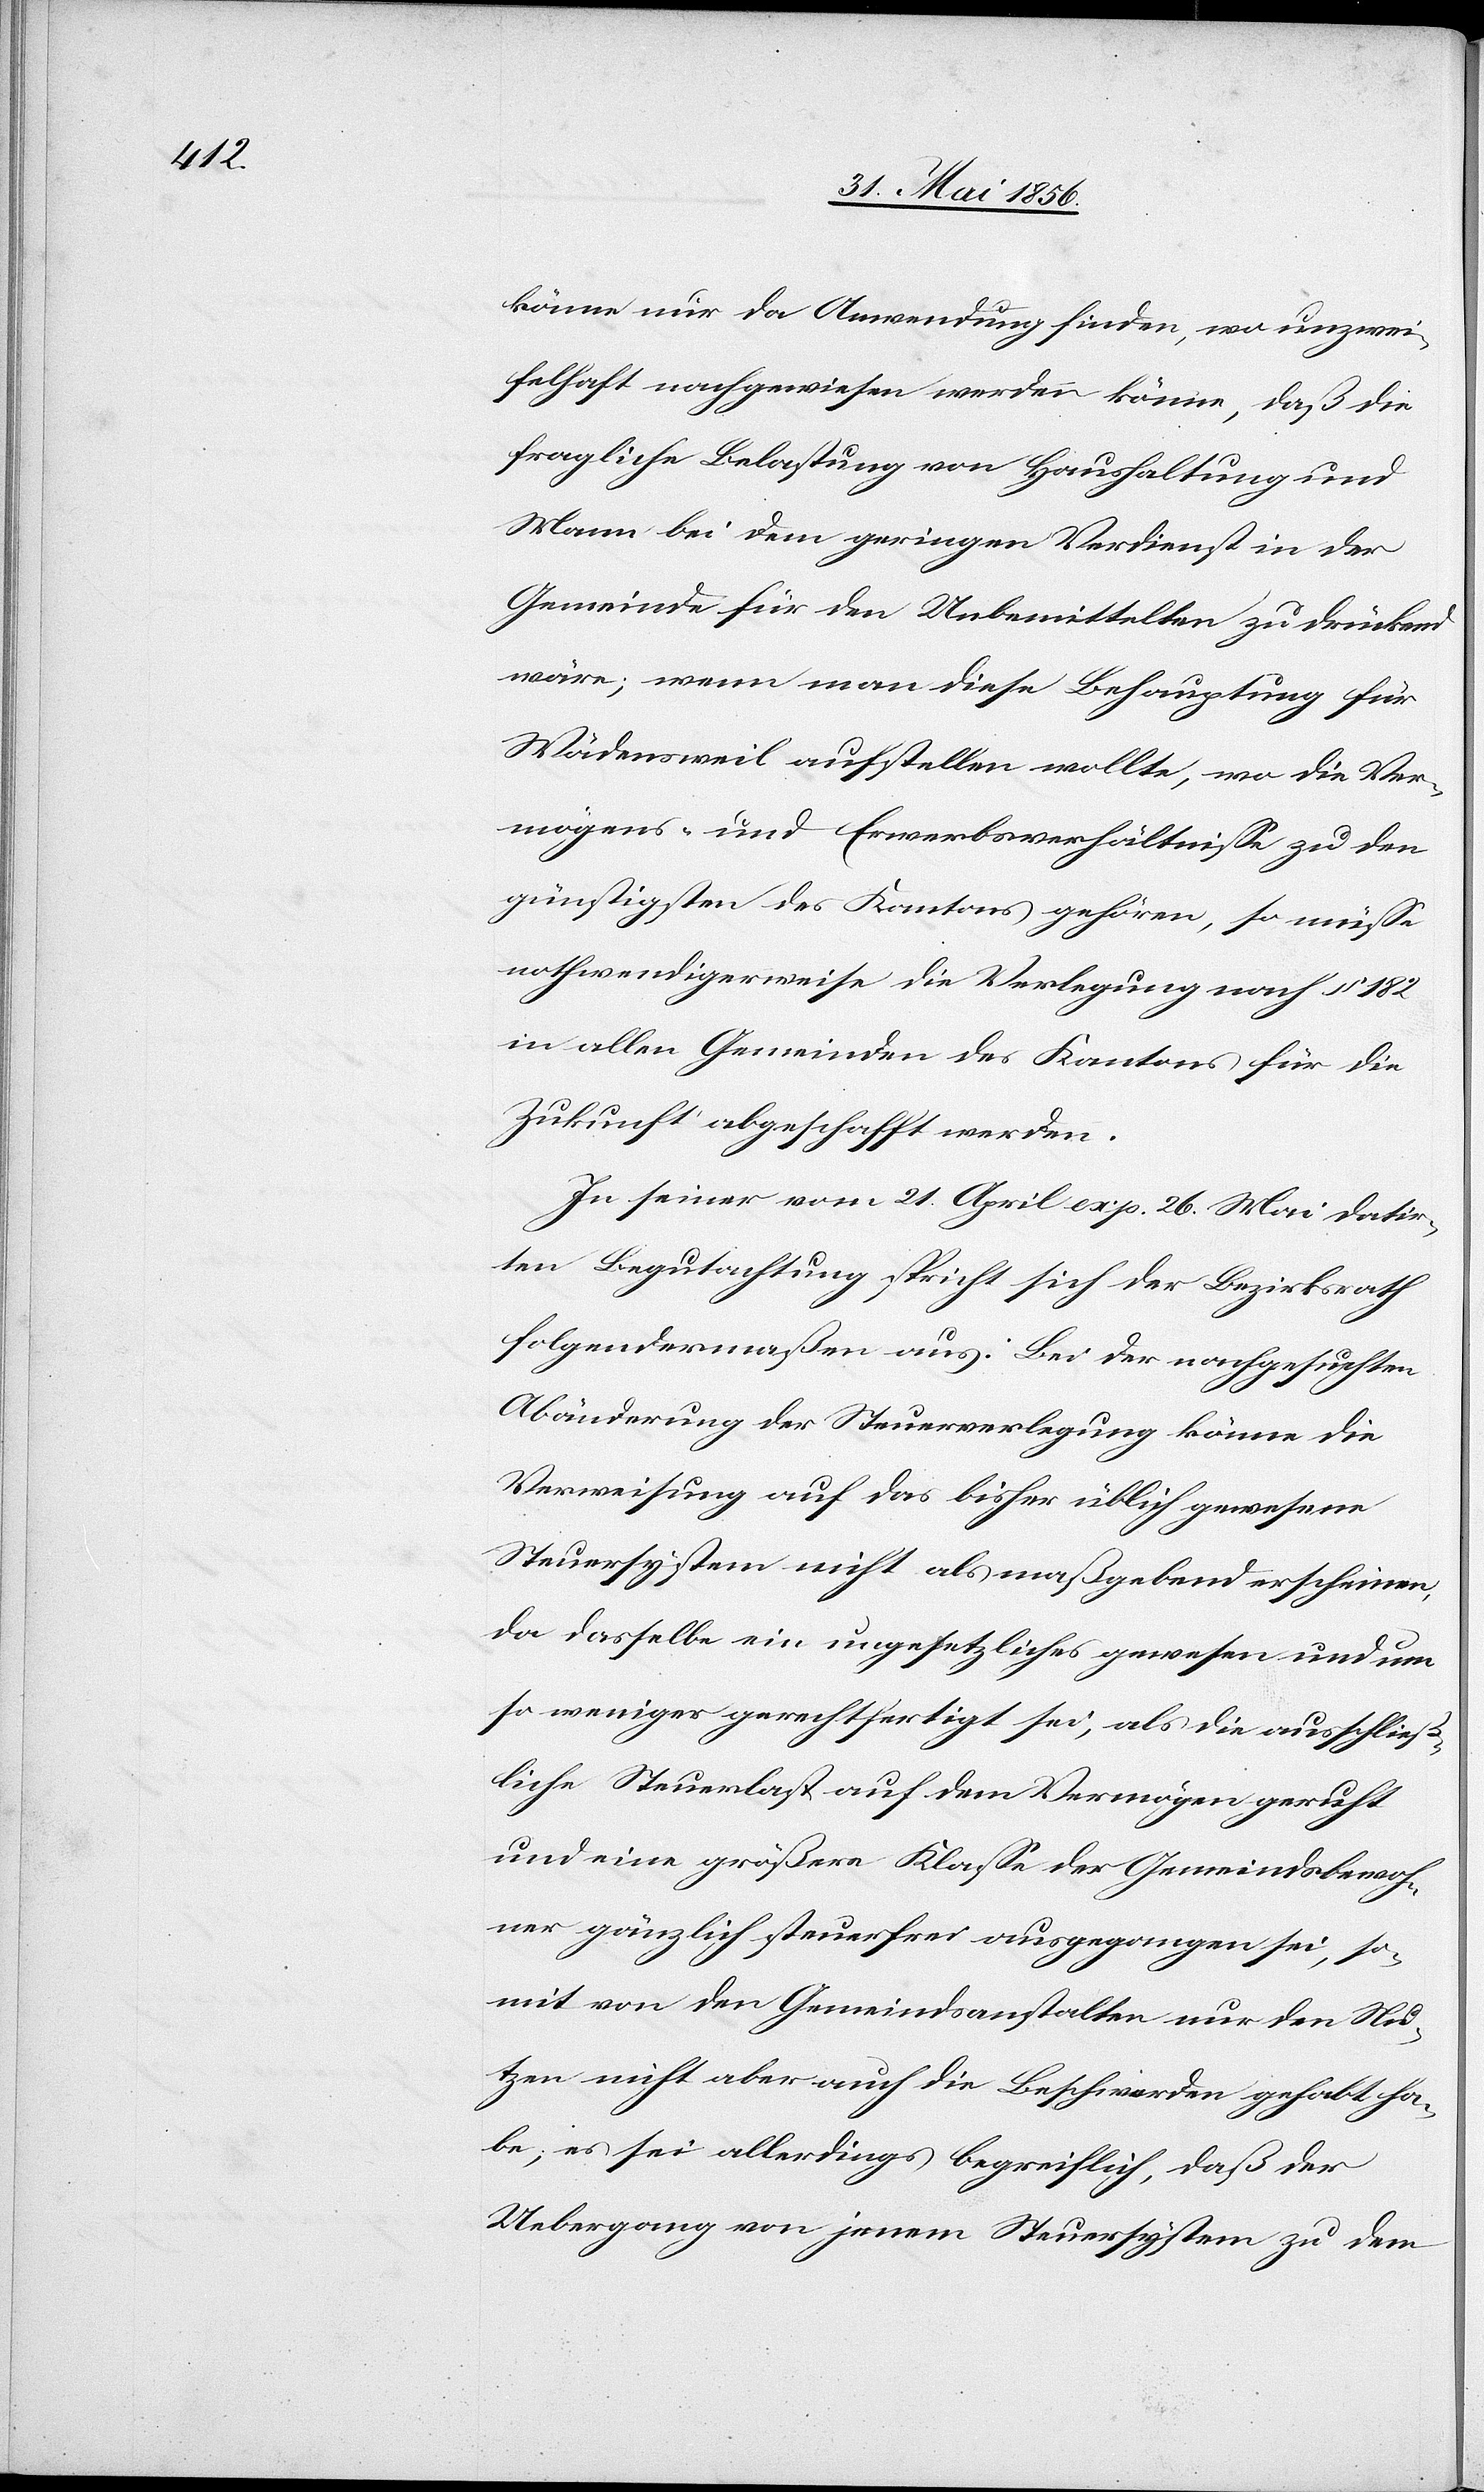
könne nur da Anwendung finden, wo unzwei¬
felhaft nachgewiesen werden könne, daß die
fragliche Belastung von Haushaltung und
Mann bei dem geringen Verdienst in der
Gemeinde für den Unbemittelten zu drückend
wäre; wenn man diese Behauptung für
Wädensweil aufstellen wollte, wo die Ver¬
mögens- und Erwerbsverhältnisse zu den
günstigsten des Kantons gehören, so müsse
nothwendigerweise die Verlegung nach § 182
in allen Gemeinden des Kantons für die
Zukunft abgeschafft werden.
In seiner vom 21. April exp. 26. Mai datir¬
ten Begutachtung spricht sich der Bezirksrath
folgendermaßen aus: Bei der nachgesuchten
Abänderung der Steuerverlegung könne die
Verweisung auf das bisher üblich gewesene
Steuersystem nicht als maßgebend erscheinen,
da dasselbe ein ungesetzliches gewesen und um
so weniger gerechtfertigt sei, als die ausschließ¬
liche Steuerlast auf dem Vermögen geruht
und eine größere Klasse der Gemeindsbewoh¬
ner gänzlich steuerfrei ausgegangen sei, so¬
mit von den Gemeindsanstalten nur den Nu¬
tzen nicht aber auch die Beschwerden gehabt ha¬
be; es sei allerdings begreiflich, daß der
Uebergang von jenem Steuersystem zu dem